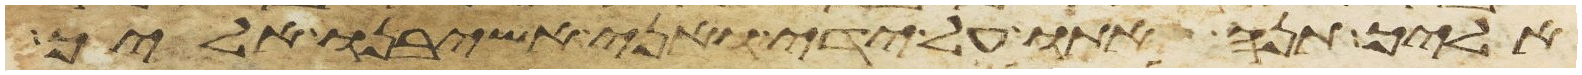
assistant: אליך תנה אתו על ידי ואני אשיבנו אליך